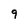
Character: 9